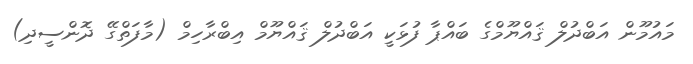
މައުމޫން އަބްދުލް ޤައްޔޫމްގެ ބައްޕާ ފުޅަކީ އަބްދުލް ޤައްޔޫމް އިބްރާހިމް (މާފަތްގޭ ދޮންސީދި)